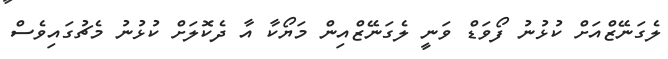
ލެގަނޭޒްއަށް ކުޅުނު ފޯވަޑް ވަނީ ލެގަނޭޒްއިން މަޔޯކާ އާ ދެކޮލަށް ކުޅުނު މެޗުގައިވެސް